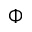
\Phi